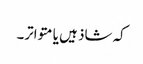
کہ شاذ ہیں یا متواتر۔